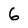
Character: 6